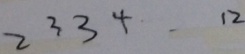
2 3 3 4 1 2